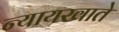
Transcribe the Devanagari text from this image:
न्यायखाते